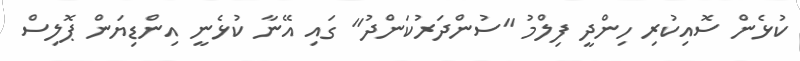
ކުޅެން ސޮއިކުރި ހިންދީ ފިލްމު "ސުންދަރުކަންދު" ގައި އޭނާ ކުޅެނީ އިންޑިޔަން ޕޮލިސް